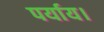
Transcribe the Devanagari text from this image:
पर्याय।